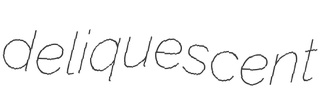
deliquescent